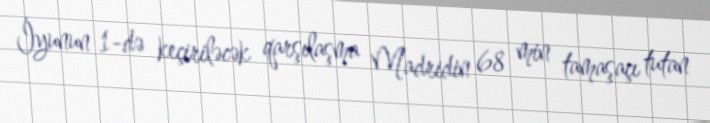
İyunun 1-də keçiriləcək qarşılaşma Madridin 68 min tamaşaçı tutan